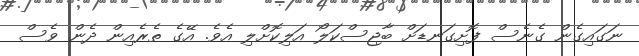
ނަގައިގެން ގެނެސް ފޮށިގަނޑަށް ބާޖިސްކަލޯ އަލިކޮށްލި އެވެ. އޭގެ ތެރެއިން ދެން ވެސް